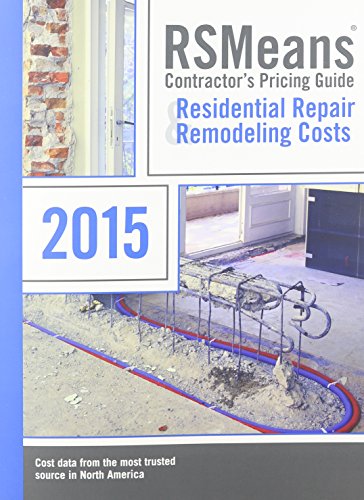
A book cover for Rsmeans Contractors's Pricing Guide Residential Repair & Remodeling: Cpg R&r (Means Residential Repair & Remodeling Costs); Engineering & Transportation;